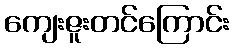
ကျေးဇူးတင်ကြောင်း